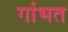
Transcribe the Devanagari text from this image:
गांभत